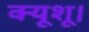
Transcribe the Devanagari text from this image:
क्यूशू।